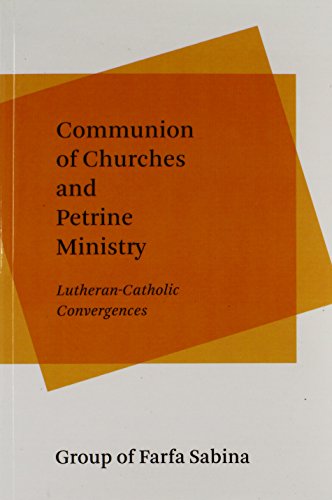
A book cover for Communion of Churches and Petrine Ministry: Lutheran-Catholic Convergences; Group of Farfa Sabina; Christian Books & Bibles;